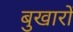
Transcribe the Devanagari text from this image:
बुखारों